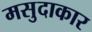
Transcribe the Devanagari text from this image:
मसुदाकार